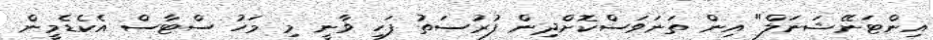
އިންޓަނޭޝަނަލް" އިން ތަނަވަސްކޮށްދިން ފުރުސަތު ފަހި ވާނީ މި މަހު ސްޓާސް އެކެޑެމީން